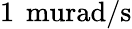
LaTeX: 1\, \mathrm{\ murad/s}